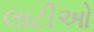
લાટીઓ